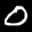
Label: 0